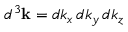
d ^ { 3 } \mathbf { k } = d k _ { x } \, d k _ { y } \, d k _ { z }